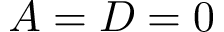
A = D = 0